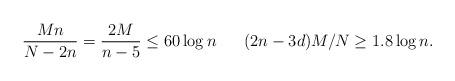
LaTeX: \begin{align*}\frac{Mn}{N-2n}=\frac{2M}{n-5}\leq 60\log n\;\;\;\;\;\;(2n-3d)M/N\geq 1.8\log n.\end{align*}